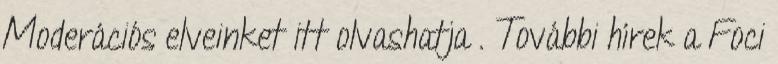
Moderációs elveinket itt olvashatja . További hírek a Foci